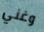
وغني